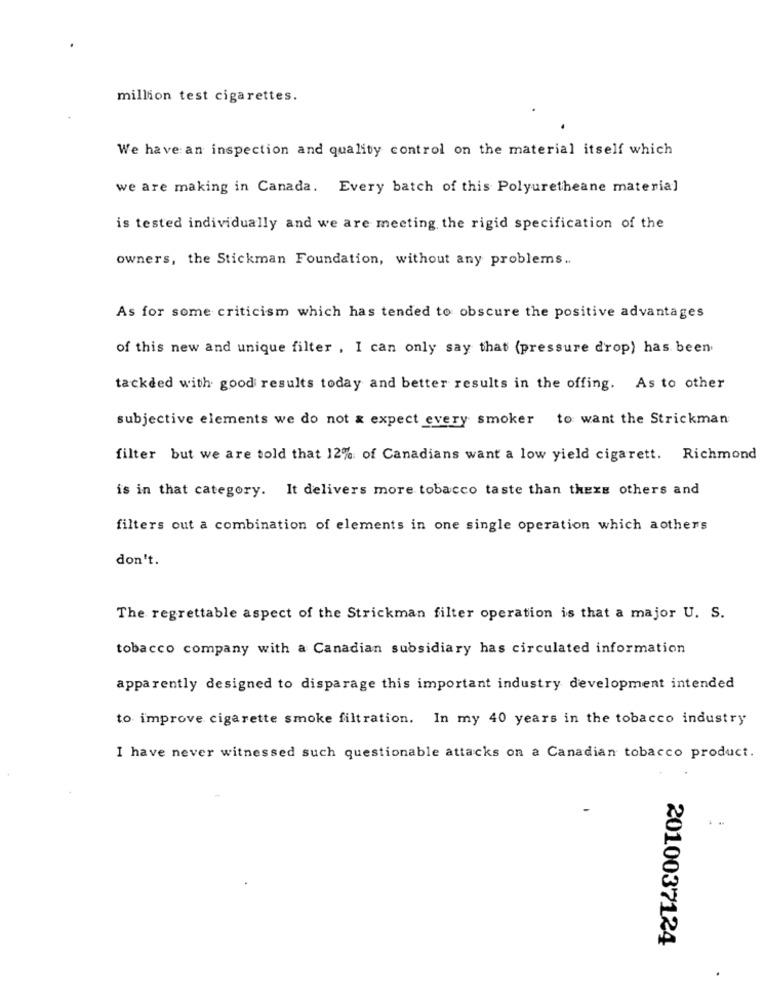
million test cigarettes.
We have an inspection and quality control on the material itself which
we are making in Canada. Every batch of this Polyuretheane material
is tested individually and we are meeting the rigid specification of the
owners, the Stickman Foundation, without any problems ..
As for some criticism which has tended to obscure the positive advantages
of this new and unique filter , I can only say that (pressure drop) has been
tackded with good results today and better results in the offing. As to other
subjective elements we do not & expect every smoker to want the Strickman
filter but we are told that 12% of Canadians want a low yield cigarett. Richmond
is in that category. It delivers more tobacco taste than thexs others and
filters out a combination of elements in one single operation which aothers
don't.
The regrettable aspect of the Strickman filter operation is that a major U. S.
tobacco company with a Canadian subsidiary has circulated information
apparently designed to disparage this important industry development intended
to improve cigarette smoke filtration. In my 40 years in the tobacco industry
I have never witnessed such questionable attacks on a Canadian tobacco product.
2010037124